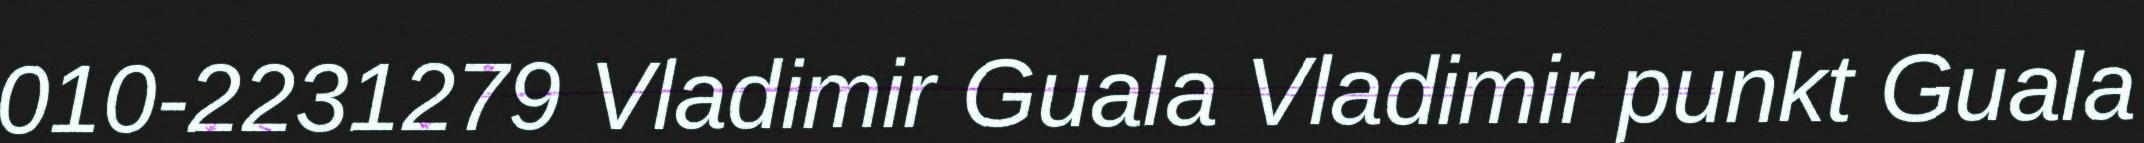
010-2231279 Vladimir Guala Vladimir punkt Guala